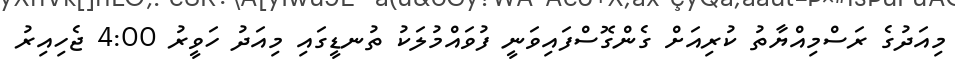
މިއަދުގެ ރަސްމިއްޔާތު ކުރިއަށް ގެންގޮސްފައިވަނީ ފުވައްމުލަކު ތުނޑީގައި މިއަދު ހަވީރު 4:00 ޖެހިއިރު